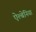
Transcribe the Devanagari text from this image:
ऐल्बेनिया